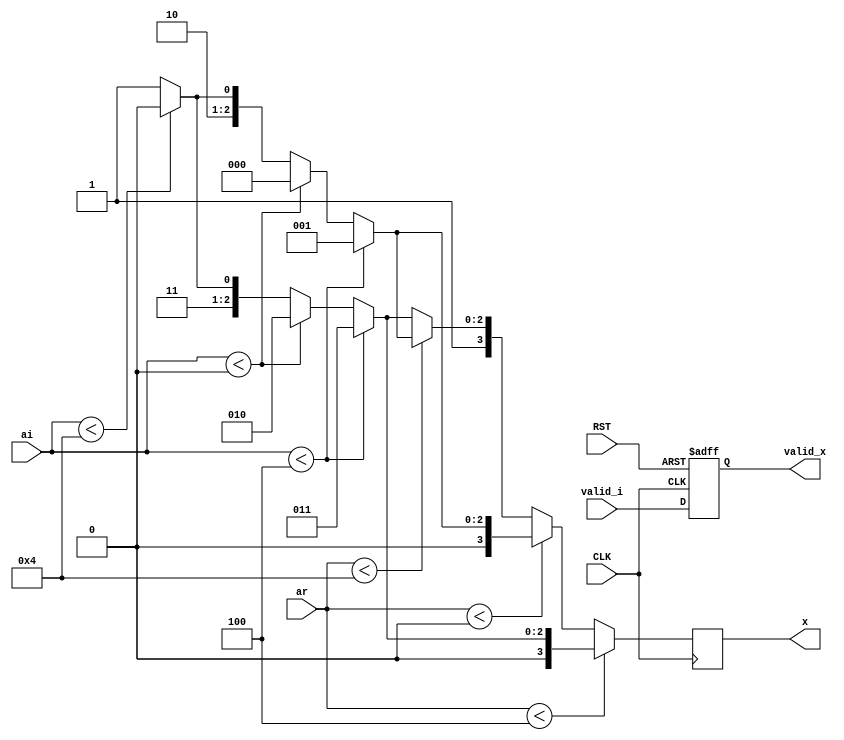

module qam16_inv
  (
   input               CLK,
   input               RST,

   input               valid_i,
   input signed [10:0] ar,
   input signed [10:0] ai,

   output reg          valid_x,
   output reg [3:0]    x
   );

    localparam signed p2 = 11'sd4;
    localparam signed zero = 11'sd0;
    localparam signed m2 = -11'sd4;

    always @(posedge CLK or negedge RST)
      if (!RST) begin
          valid_x <= 1'b0;
      end else begin
          valid_x <= valid_i;
      end

    always @(posedge CLK)
      if (ar < m2) begin
        if (ai < m2) 
          x <= 4'd3;
        else if (ai < zero)
          x <= 4'd2;
        else if (ai < p2)
          x <= 4'd6;
        else
          x <= 4'd7;
      end
      else if (ar < zero) begin
          if (ai < m2)
            x <= 4'd1;
          else if (ai < zero)
            x <= 4'd0;
          else if (ai < p2)
            x <= 4'd4;
          else
            x <= 4'd5;
      end 
      else if (ar < p2) begin
          if (ai < m2)
            x <= 4'd9;
          else if (ai < zero)
            x <= 4'd8;
          else if (ai < p2)
            x <= 4'd12;
          else
            x <= 4'd13;
      end
      else begin
          if (ai < m2)
            x <= 4'd11;
          else if (ai < zero)
            x <= 4'd10;
          else if (ai < p2)
            x <= 4'd14;
          else
            x <= 4'd15;
      end

endmodule